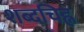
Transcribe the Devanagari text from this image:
शब्दचिह्न